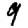
Digit: 9